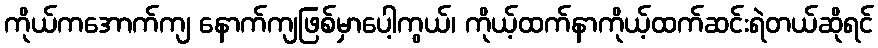
ကိုယ်ကအောက်ကျ နောက်ကျဖြစ်မှာပေါ့ကွယ်၊ ကိုယ့်ထက်နာကိုယ့်ထက်ဆင်းရဲတယ်ဆိုရင်